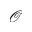
\mathcal { O }